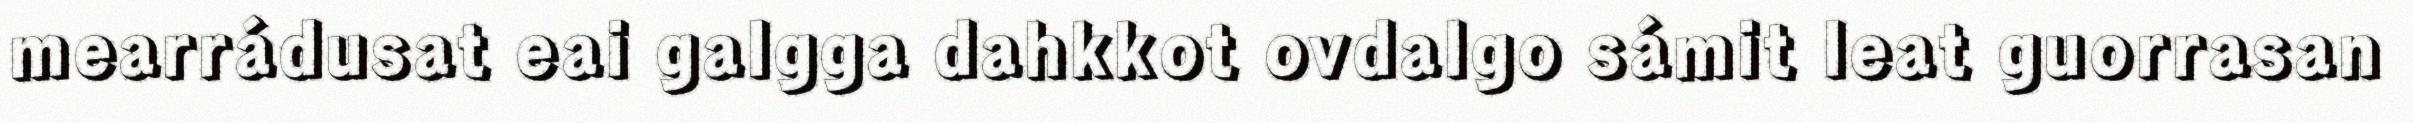
mearrádusat eai galgga dahkkot ovdalgo sámit leat guorrasan